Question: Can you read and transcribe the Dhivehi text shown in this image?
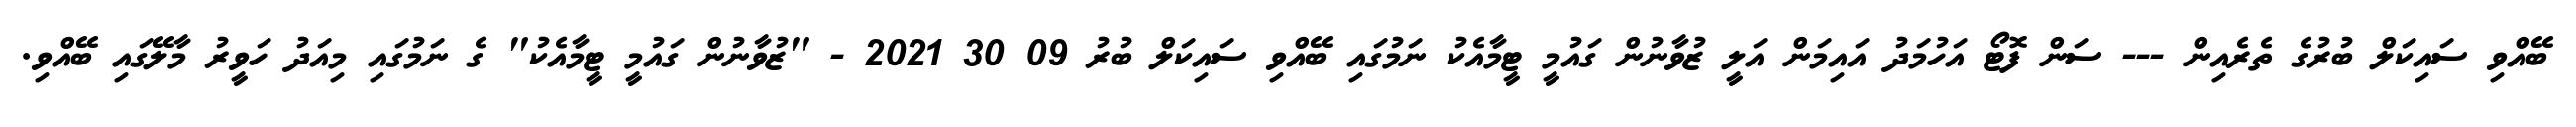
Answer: ބޭއްވި ސައިކަލް ބުރުގެ ތެރެއިން --- ސަން ފޮޓޯ އަހުމަދު އައިމަން އަލީ ޒުވާނުން ގައުމީ ޓީމާއެކު ނަމުގައި ބޭއްވި ސައިކަލް ބުރު 09 30 2021 - "ޒުވާނުން ގައުމީ ޓީމާއެކު" ގެ ނަމުގައި މިއަދު ހަވީރު މާލޭގައި ބޭއްވި.